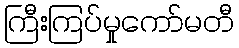
ကြီးကြပ်မှုကော်မတီ